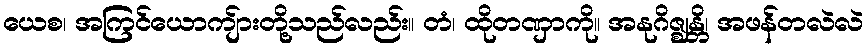
ယေစ၊ အကြင်ယောကျ်ားတို့သည်လည်း။ တံ၊ ထိုတဏှာကို။ အနုဂိဇ္ဈန္တိ၊ အဖန်တလဲလဲ